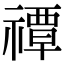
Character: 禫